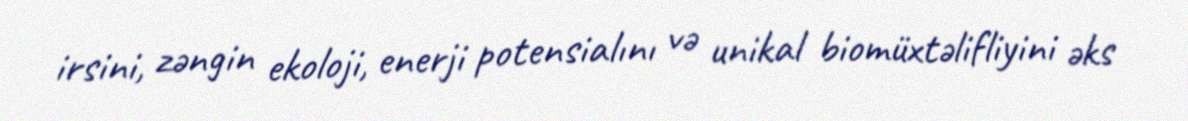
irsini, zəngin ekoloji, enerji potensialını və unikal biomüxtəlifliyini əks